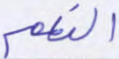
النعم